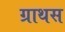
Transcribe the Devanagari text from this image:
ग्राथस